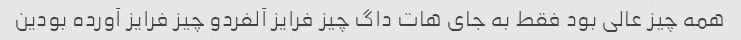
همه چیز عالی بود فقط به جای هات داگ چیز فرایز آلفردو چیز فرایز آورده بودین